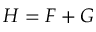
H = F + G